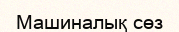
Машиналық сөз